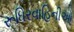
રૂધિરવાહિનીઓ